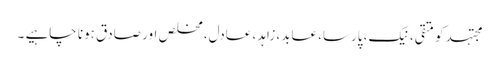
مجتہد کو متقی، نیک، پارسا، عابد، زاہد، عادل، مخلص اور صادق ہونا چاہیے ۔